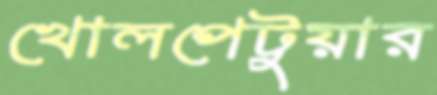
খোলপেটুয়ার